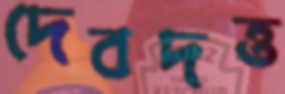
দেবদত্ত